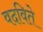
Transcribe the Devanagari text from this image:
वदविते